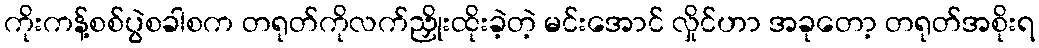
ကိုးကန့်စစ်ပွဲစခါစက တရုတ်ကိုလက်ညှိုးထိုးခဲ့တဲ့ မင်းအောင် လှိုင်ဟာ အခုတော့ တရုတ်အစိုးရ